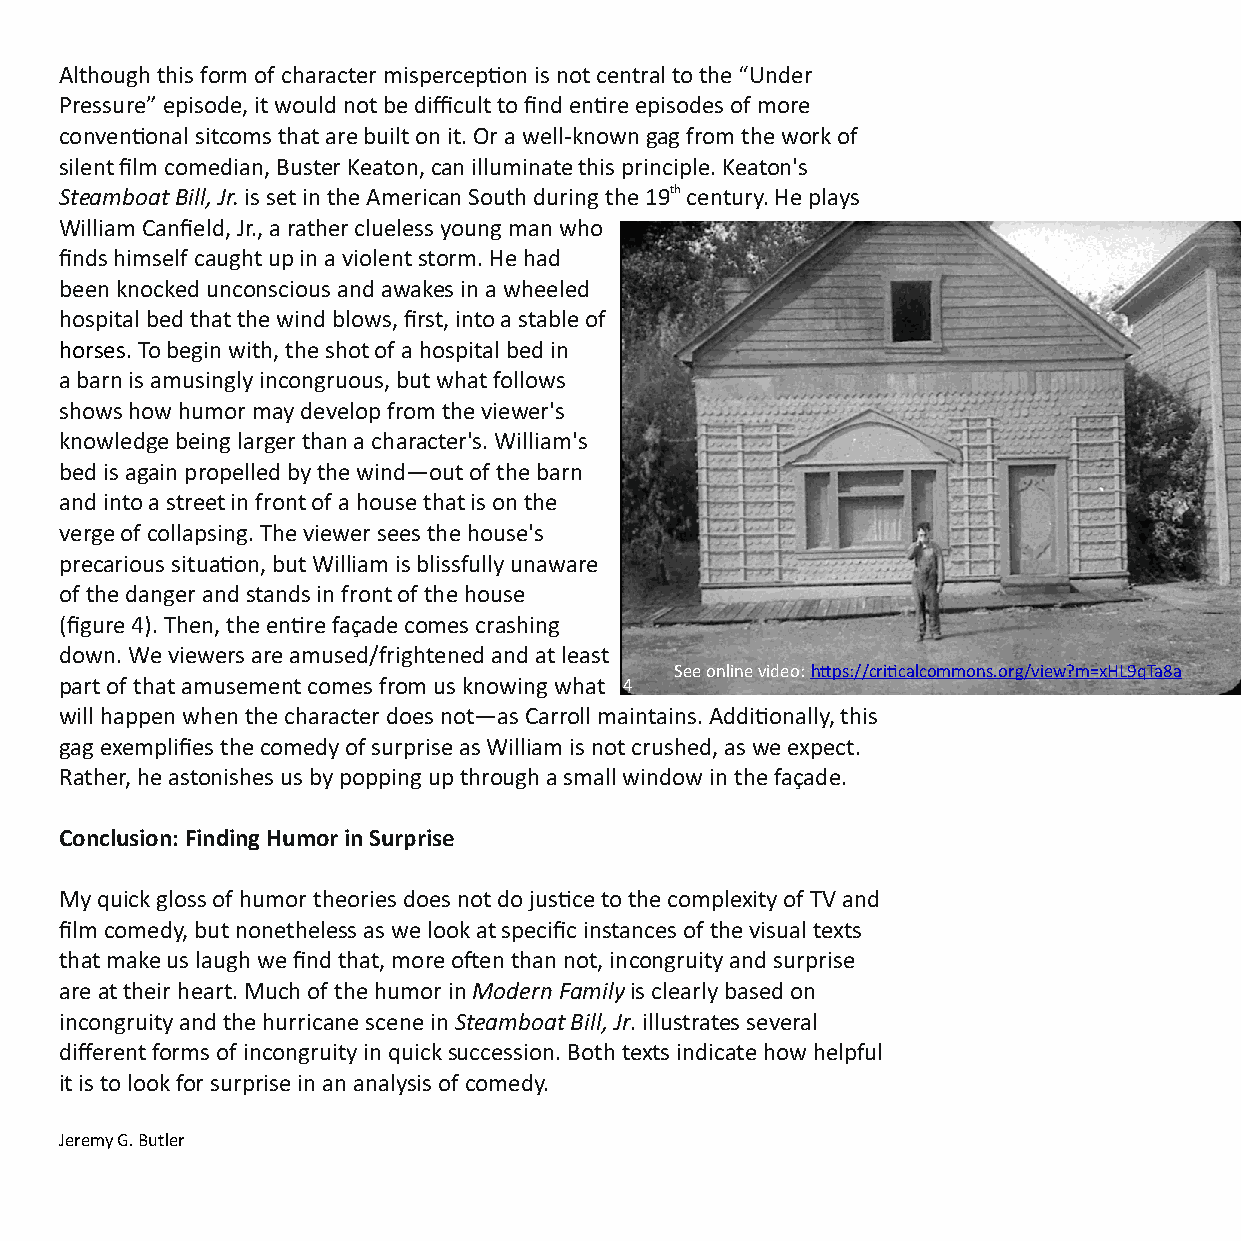
Although this form of character mispercepon is not central to the “Under
 Pressure” episode, it would not be difficult to find enre episodes of more
 convenonal sitcoms that are built on it. Or a well-known gag from the work of
 silent film comedian, Buster Keaton, can illuminate this principle. Keaton's
 Steamboat Bill, Jr. is set in the American South during the 19th century. He plays
 William Canfield, Jr., a rather clueless young man who
 finds himself caught up in a violent storm. He had
 been knocked unconscious and awakes in a wheeled
 hospital bed that the wind blows, first, into a stable of
 horses. To begin with, the shot of a hospital bed in
 a barn is amusingly incongruous, but what follows
 shows how humor may develop from the viewer's
 knowledge being larger than a character's. William's
 bed is again propelled by the wind—out of the barn
 and into a street in front of a house that is on the
 verge of collapsing. The viewer sees the house's
 precarious situaon, but William is blissfully unaware
 of the danger and stands in front of the house
 (figure 4). Then, the enre façade comes crashing
 down. We viewers are amused/frightened and at least
 See online video: hps://cricalcommons.org/view?m=xHL9qTa8a
 part of that amusement comes from us knowing what 4
 will happen when the character does not—as Carroll maintains. Addionally, this
 gag exemplifies the comedy of surprise as William is not crushed, as we expect.
 Rather, he astonishes us by popping up through a small window in the façade.
 Conclusion: Finding Humor in Surprise
 My quick gloss of humor theories does not do jusce to the complexity of TV and
 film comedy, but nonetheless as we look at specific instances of the visual texts
 that make us laugh we find that, more oen than not, incongruity and surprise
 are at their heart. Much of the humor in Modern Family is clearly based on
 incongruity and the hurricane scene in Steamboat Bill, Jr. illustrates several
 different forms of incongruity in quick succession. Both texts indicate how helpful
 it is to look for surprise in an analysis of comedy.
 Jeremy G. Butler